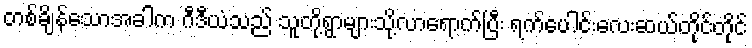
တစ်ချိန်သောအခါက ဂီဒီယံသည် သူတို့ရွာများသို့လာရောက်ပြီး ရက်ပေါင်းလေးဆယ်တိုင်တိုင်